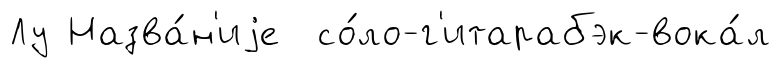
Лу Назва́н'иjе со́ло-г'итарабэк-вока́л